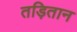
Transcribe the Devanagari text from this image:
तड़ितान